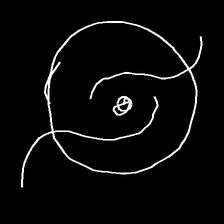
Glyph: repetition